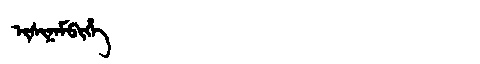
Manchu: ᡳᠰᡳᠨᠠᠮᠪᡳᡥᡝ
Romanization: ISINAMBIHE